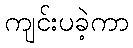
ကျင်းပခဲ့ကာ